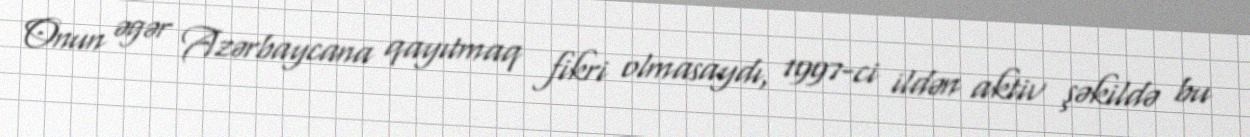
Onun əgər Azərbaycana qayıtmaq fikri olmasaydı, 1997-ci ildən aktiv şəkildə bu